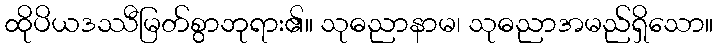
ထိုပိယဒဿီမြတ်စွာဘုရား၏။ သုဓညာနာမ၊ သုဓညာအမည်ရှိသော။